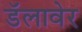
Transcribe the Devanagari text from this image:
डॅलावेर